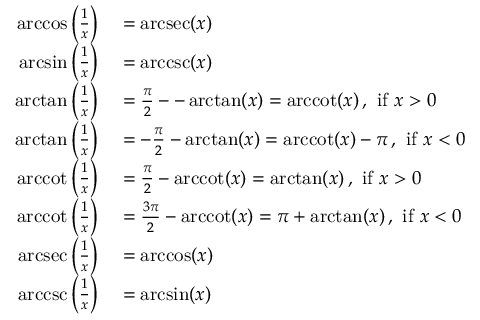
\begin{array} { r l } { \operatorname { a r c c o s } \left( { \frac { 1 } { x } } \right) } & { { } = \operatorname { a r c s e c } ( x ) } \\ { \arcsin \left( { \frac { 1 } { x } } \right) } & { { } = \operatorname { a r c c s c } ( x ) } \\ { \arctan \left( { \frac { 1 } { x } } \right) } & { { } = { \frac { \pi } { 2 } } -- \arctan ( x ) = \operatorname { a r c c o t } ( x ) \, , { \mathrm { ~ i f ~ } } x > 0 } \\ { \arctan \left( { \frac { 1 } { x } } \right) } & { { } = - { \frac { \pi } { 2 } } - \arctan ( x ) = \operatorname { a r c c o t } ( x ) - \pi \, , { \mathrm { ~ i f ~ } } x < 0 } \\ { \operatorname { a r c c o t } \left( { \frac { 1 } { x } } \right) } & { { } = { \frac { \pi } { 2 } } - \operatorname { a r c c o t } ( x ) = \arctan ( x ) \, , { \mathrm { ~ i f ~ } } x > 0 } \\ { \operatorname { a r c c o t } \left( { \frac { 1 } { x } } \right) } & { { } = { \frac { 3 \pi } { 2 } } - \operatorname { a r c c o t } ( x ) = \pi + \arctan ( x ) \, , { \mathrm { ~ i f ~ } } x < 0 } \\ { \operatorname { a r c s e c } \left( { \frac { 1 } { x } } \right) } & { { } = \operatorname { a r c c o s } ( x ) } \\ { \operatorname { a r c c s c } \left( { \frac { 1 } { x } } \right) } & { { } = \arcsin ( x ) } \end{array}